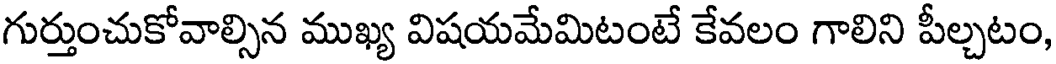
గుర్తుంచుకోవాల్సిన ముఖ్య విషయమేమిటంటే కేవలం గాలిని పీల్చటం